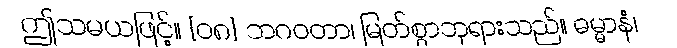
ဤသမယဖြင့်။ {၀၈} ဘဂဝတာ၊ မြတ်စွာဘုရားသည်။ ဓမ္မာနံ၊